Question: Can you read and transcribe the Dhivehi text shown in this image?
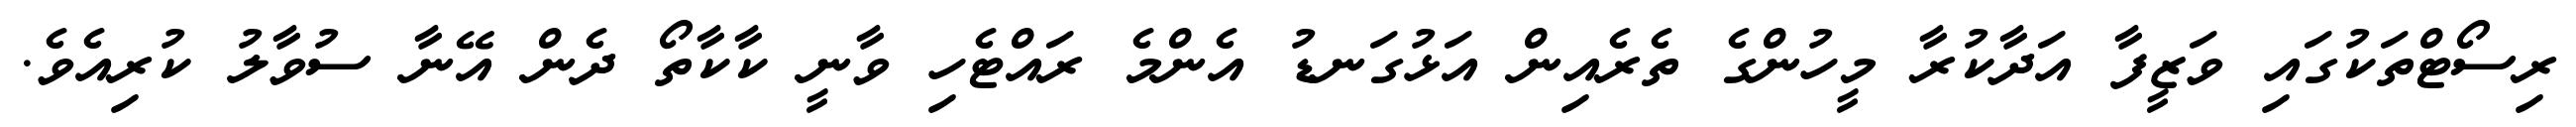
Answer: ރިސޯޓްތަކުގައި ވަޒީފާ އަދާކުރާ މީހުންގެ ތެރެއިން އަޅުގަނޑު އެންމެ ރައްޓެހި ވާނީ ކާކާތޯ ދެން އޭނާ ސުވާލު ކުރިއެވެ.